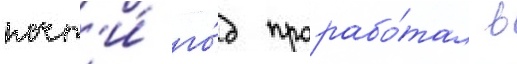
почт'и́ го́д прорабо́тал в